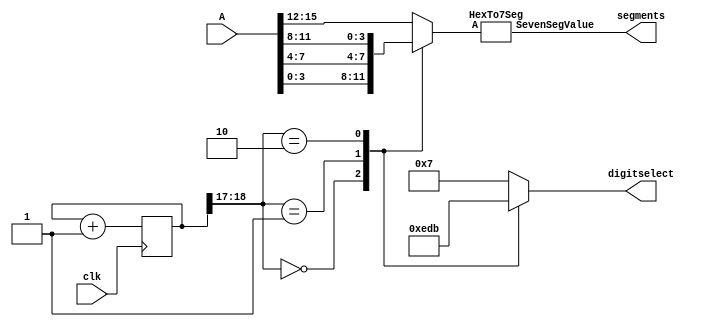
`timescale 1ns / 1ps
// Code to test stuff - copied from a lab
//

module display4digit(
    input [15:0] A,
    input clk,
    output [7:0] segments,
    output reg [3:0] digitselect
    );

	reg [18:0] counter = 0;
	wire [1:0] toptwo;
	reg [3:0] value4bit;
	
	always @(posedge clk)
		counter <= counter + 1;
	
	assign toptwo[1:0] = counter[18:17];
	
	always @ (*)
		case(toptwo)
			2'b00: digitselect = ~ 4'b0001;  // Note inversion
			2'b01: digitselect = ~ 4'b0010;
			2'b10: digitselect = ~ 4'b0100;
			default: digitselect = ~ 4'b1000;
		endcase

	always @ (*)
		case (toptwo)
			2'b00: value4bit = A[3:0];
			2'b01: value4bit = A[7:4];
			2'b10: value4bit = A[11:8];
			default: value4bit = A[15:12];
		endcase
	
	HexTo7Seg myhexencoder(value4bit, segments);

endmodule


module HexTo7Seg(
    input [3:0] A,
    output reg [7:0] SevenSegValue
    );

	always @ (*)
		case(A)
			4'h0: SevenSegValue = ~ 8'b11111100;  // Note inversion
			4'h1: SevenSegValue = ~ 8'b01100000;
			4'h2: SevenSegValue = ~ 8'b11011010;
			4'h3: SevenSegValue = ~ 8'b11110010;
			4'h4: SevenSegValue = ~ 8'b01100110;
			4'h5: SevenSegValue = ~ 8'b10110110;
			4'h6: SevenSegValue = ~ 8'b10111110;
			4'h7: SevenSegValue = ~ 8'b11100000;
			4'h8: SevenSegValue = ~ 8'b11111110;
			4'h9: SevenSegValue = ~ 8'b11110110;
			4'hA: SevenSegValue = ~ 8'b11101110;
			4'hB: SevenSegValue = ~ 8'b00111110;
			4'hC: SevenSegValue = ~ 8'b10011100;
			4'hD: SevenSegValue = ~ 8'b01111010;
			4'hE: SevenSegValue = ~ 8'b10011110;
			default: SevenSegValue = ~ 8'b10001110;
		endcase

endmodule